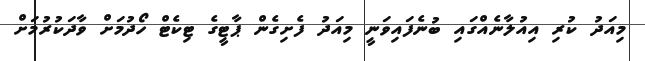
މިއަދު ކުރި އިއުލާނެއްގައި ބުނެފައިވަނީ މިއަދު ފެށިގެން ޕާޓީގެ ޓިކެޓް ހޯދުމަށް ވާދަކުރުމަށް